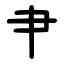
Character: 肀